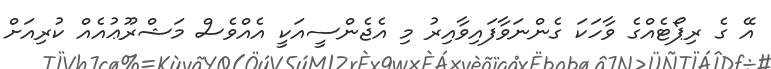
އޭ ގެ ރިޕޯޓެއްގެ ވާހަކަ ގެންނަވާފައިވާއިރު މި އެޖެންސީއަކީ އެއްވެސް މަޝްރޫޢުއެއް ކުރިއަށް